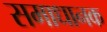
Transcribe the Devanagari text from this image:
समाधानक